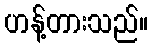
ဟန့်တားသည်။